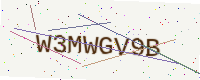
Text: W3MWGV9B